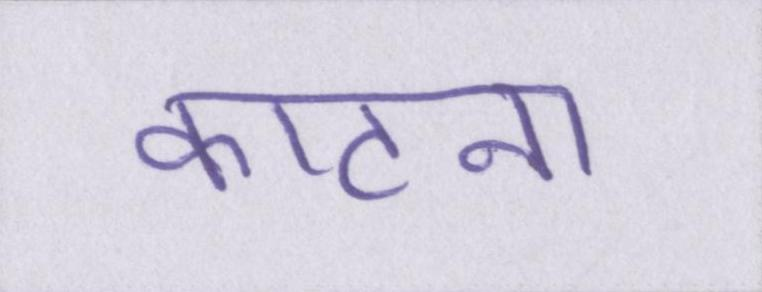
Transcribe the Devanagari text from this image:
काटना